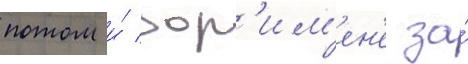
потом и́ дор'им'ен'е за́